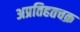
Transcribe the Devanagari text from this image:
अप्रतिहतचक्र